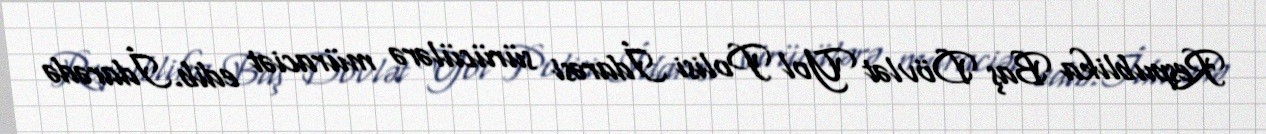
Respublika Baş Dövlət Yol Polisi İdarəsi sürücülərə müraciət edib.İdarədə